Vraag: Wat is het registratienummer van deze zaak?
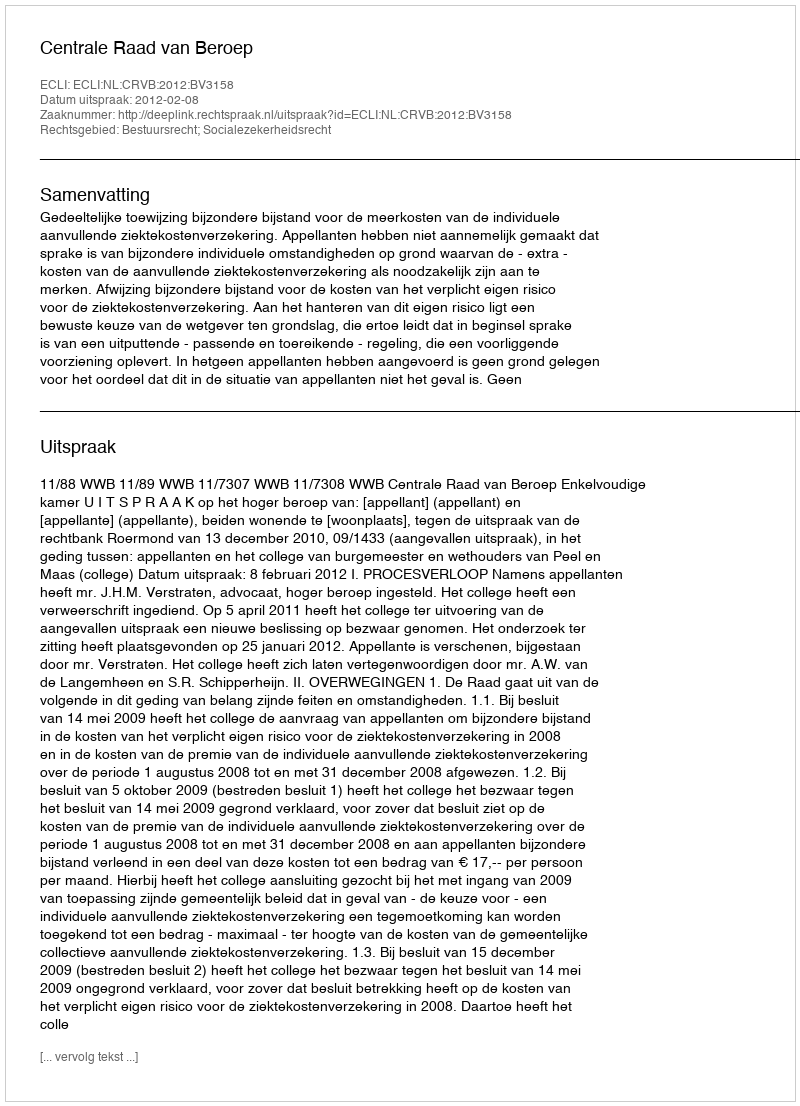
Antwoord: http://deeplink.rechtspraak.nl/uitspraak?id=ECLI:NL:CRVB:2012:BV3158